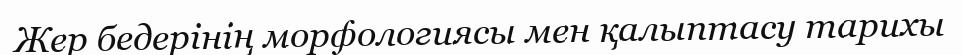
Жер бедерінің морфологиясы мен қалыптасу тарихы